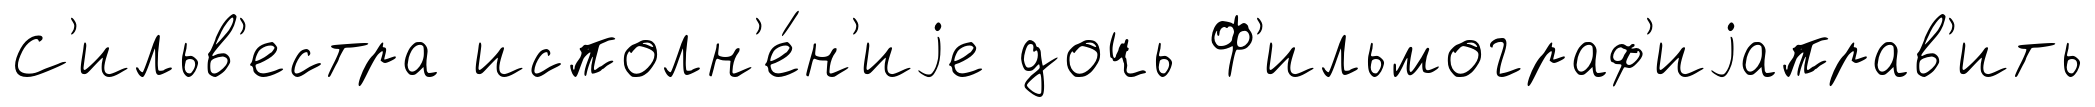
С'ильв'естра исполн'е́н'иjе дочь Ф'ильмограф'иjаправ'ить